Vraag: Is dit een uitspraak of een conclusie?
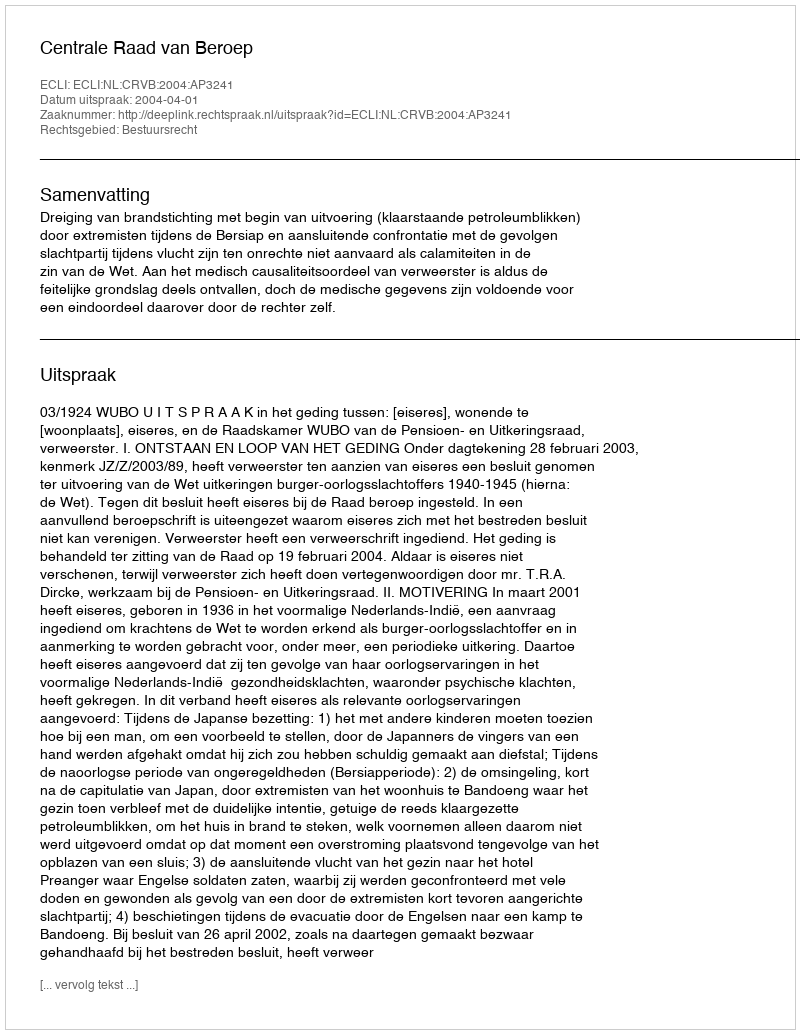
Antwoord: Uitspraak